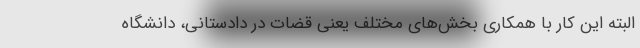
البته این کار با همکاری بخش‌های مختلف یعنی قضات در دادستانی، دانشگاه